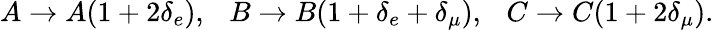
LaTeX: A\to A(1+2\delta_{e}),~~~B\to B(1+\delta_{e}+\delta_{\mu}),~~~C\to C(1+2\delta_{\mu}).